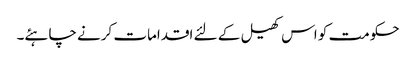
حکومت کو اس کھیل کے لئے اقدامات کرنے چاہئے۔